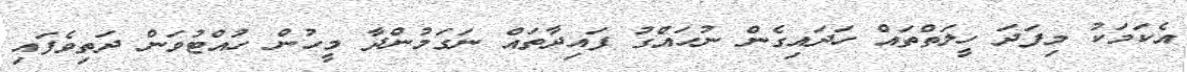
އެކަމަކު މިފަދަ ހީލަތްތައް ހަދައިގެން ނުހައްގު ފައިދާތައް ނަގަމުންދާ މީހުން ހުއްޓުވަން ދަތިވެފައި